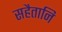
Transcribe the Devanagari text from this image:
सहैतानि